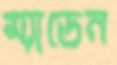
ম্যাডেন